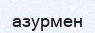
азурмен